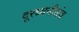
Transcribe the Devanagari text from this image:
दूरध्वनीसंच